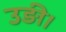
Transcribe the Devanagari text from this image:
उड़ी।